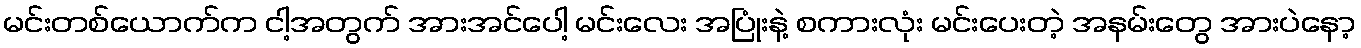
မင်းတစ်ယောက်က ငါ့အတွက် အားအင်ပေါ့ မင်းလေး အပြုံးနဲ့ စကားလုံး မင်းပေးတဲ့ အနမ်းတွေ အားပဲနော့